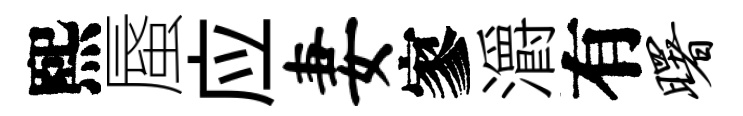
熙蜃应妻寥灂有曙